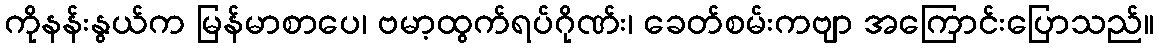
ကိုနန်းနွယ်က မြန်မာစာပေ၊ ဗမာ့ထွက်ရပ်ဂိုဏ်း၊ ခေတ်စမ်းကဗျာ အကြောင်းပြောသည်။